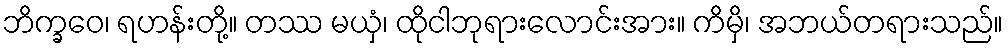
ဘိက္ခဝေ၊ ရဟန်းတို့။ တဿ မယှံ၊ ထိုငါဘုရားလောင်းအား။ ကိမှိ၊ အဘယ်တရားသည်။